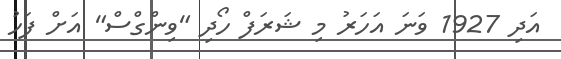
އަދި 1927 ވަނަ އަހަރު މި ޝަރަފް ހޯދި "ވިންގްސް" އަށް ފަހު